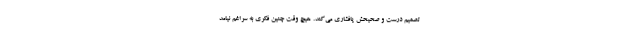
تصمیم درست و صحیحش پافشاری می‌کند. هیچ وقت چنین فکری به سراغم نیامد